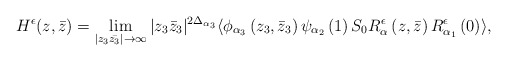
\begin{align*}H^{\epsilon }(z,\bar{z})=\lim_{|z_3 \bar{z_3}|\rightarrow \infty}|z_3\bar{z}_3|^{2\Delta_{\alpha_3}}\langle \phi_{\alpha_ 3}\left(z_3,\bar{z}_3\right)\psi_{\alpha _2}\left(1\right)S_0 R^{\epsilon }_\alpha \left(z,\bar{z}\right)R^{\epsilon }_{\alpha_1 }\left(0\right) \rangle ,\end{align*}